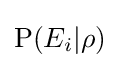
\mathrm {P} (E_{i}|\rho )